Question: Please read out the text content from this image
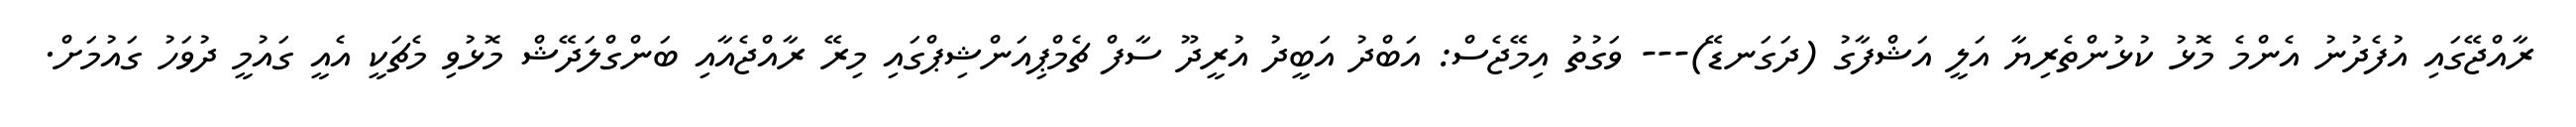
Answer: ރާއްޖޭގައި އުފެދުނު އެންމެ މޮޅު ކުޅުންތެރިޔާ އަލީ އަޝްފާގު (ދަގަނޑޭ)--- ވަގުތު އިމޭޖެސް: އަބްދު އަބީދު އުރީދޫ ސާފް ޗެމްޕިއަންޝިޕްގައި މިރޭ ރާއްޖެއާއި ބަންގްލަދޭޝް މޮޅުވި މެޗަކީ އެއީ ގައުމީ ދުވަހު ގައުމަށް.